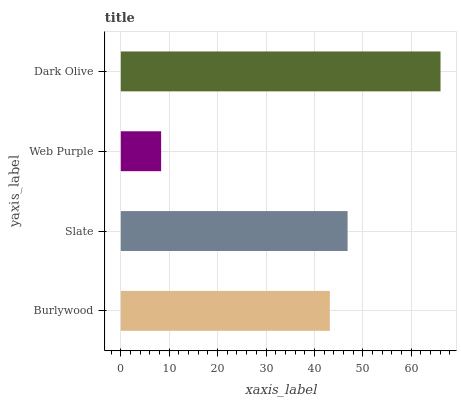
| yaxis_label | bars |
 | --- | --- |
 | Burlywood | 43.2 |
 | Slate | 46.9 |
 | Web Purple | 8.33 |
 | Dark Olive | 66.1 |